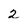
Character: 2